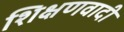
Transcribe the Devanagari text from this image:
शिक्षणवादी